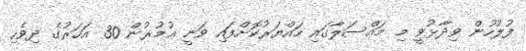
ފުލުހުން ވިދާޅުވީ މި މައްސަލާގައި ހައްޔަރުކޮށްފައި ވަނީ ޢުމުރުން 30 އަހަރުގެ ދިވެހި